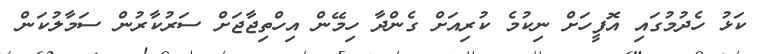
ކަޅު ހެދުމުގައި އޮފީހަށް ނިކުމެ ކުރިއަށް ގެންދާ ހިމޭން އިހްތިޖާޖަށް ސަރުކާރުން ސަމާލުކަން